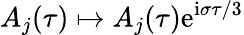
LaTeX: A_{j}(\tau)\mapsto A_{j}(\tau)\mathrm{e}^{\mathrm{i}\sigma\tau/3}